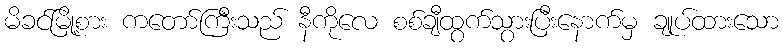
မိခင်မြို့စား ကတော်ကြီးသည် နီကိုလေ စစ်ချီထွက်သွားပြီးနောက်မှ ချုပ်ထားသော